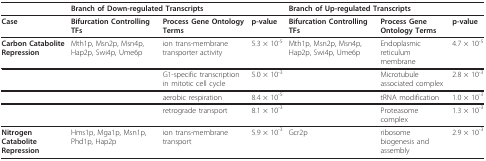
|  | <COLSPAN=3> Branch of Down-regulated Transcripts | <COLSPAN=3> Branch of Up-regulated Transcripts |
 | --- | --- | --- | --- | --- | --- | --- |
 | Case | Bifurcation Controlling TFs | Process Gene Ontology Terms | p-value | Bifurcation Controlling TFs | Process Gene Ontology Terms | p-value |
 | Carbon Catabolite Repression | Mth1p, Msn2p, Msn4p, Hap2p, Swi4p, Ume6p | ion trans-membrane transporter activity | 5.3 × 10-5 | Mth1p, Msn2p, Msn4p, Hap2p, Swi4p, Ume6p | Endoplasmic reticulum membrane | 4.7 × 10-5 |
 |  |  | G1-specific transcription in mitotic cell cycle | 5.0 × 10-3 |  | Microtubule associated complex | 2.8 × 10-3 |
 |  |  | aerobic respiration | 8.4 × 10-5 |  | tRNA modification | 1.0 × 10-3 |
 |  |  | retrograde transport | 8.1 × 10-3 |  | Proteasome complex | 1.3 × 10-3 |
 | Nitrogen Catabolite Repression | Hms1p, Mga1p, Msn1p, Phd1p, Hap2p | ion trans-membrane transport | 5.9 × 10-3 | Gcr2p | ribosome biogenesis and assembly | 2.9 × 10-3 |